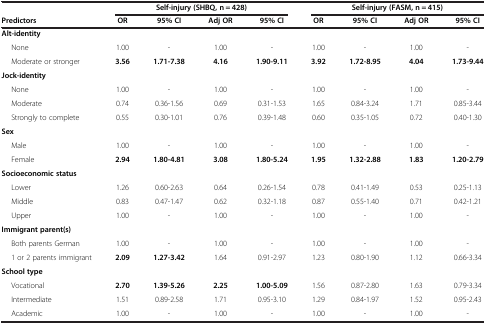
<table><thead><tr><td><b> </b></td><td colspan="4"><b>Self-injury (SHBQ, n = 428)</b></td><td colspan="4"><b>Self-injury (FASM, n = 415)</b></td></tr><tr><td><b>Predictors</b></td><td><b>OR</b></td><td><b>95% CI</b></td><td><b>Adj OR</b></td><td><b>95% CI</b></td><td><b>OR</b></td><td><b>95% CI</b></td><td><b>Adj OR</b></td><td><b>95% CI</b></td></tr></thead><tbody><tr><td><b>Alt-identity</b></td><td> </td><td> </td><td> </td><td> </td><td> </td><td> </td><td> </td><td> </td></tr><tr><td>None</td><td>1.00</td><td>-</td><td>1.00</td><td>-</td><td>1.00</td><td>-</td><td>1.00</td><td>-</td></tr><tr><td>Moderate or stronger</td><td><b>3.56</b></td><td><b>1.71-7.38</b></td><td><b>4.16</b></td><td><b>1.90-9.11</b></td><td><b>3.92</b></td><td><b>1.72-8.95</b></td><td><b>4.04</b></td><td><b>1.73-9.44</b></td></tr><tr><td><b>Jock-identity</b></td><td> </td><td> </td><td> </td><td> </td><td> </td><td> </td><td> </td><td> </td></tr><tr><td>None</td><td>1.00</td><td>-</td><td>1.00</td><td>-</td><td>1.00</td><td>-</td><td>1.00</td><td>-</td></tr><tr><td>Moderate</td><td>0.74</td><td>0.36-1.56</td><td>0.69</td><td>0.31-1.53</td><td>1.65</td><td>0.84-3.24</td><td>1.71</td><td>0.85-3.44</td></tr><tr><td>Strongly to complete</td><td>0.55</td><td>0.30-1.01</td><td>0.76</td><td>0.39-1.48</td><td>0.60</td><td>0.35-1.05</td><td>0.72</td><td>0.40-1.30</td></tr><tr><td><b>Sex</b></td><td> </td><td> </td><td> </td><td> </td><td> </td><td> </td><td> </td><td> </td></tr><tr><td>Male</td><td>1.00</td><td>-</td><td>1.00</td><td>-</td><td>1.00</td><td>-</td><td>1.00</td><td>-</td></tr><tr><td>Female</td><td><b>2.94</b></td><td><b>1.80-4.81</b></td><td><b>3.08</b></td><td><b>1.80-5.24</b></td><td><b>1.95</b></td><td><b>1.32-2.88</b></td><td><b>1.83</b></td><td><b>1.20-2.79</b></td></tr><tr><td><b>Socioeconomic status</b></td><td> </td><td> </td><td> </td><td> </td><td> </td><td> </td><td> </td><td> </td></tr><tr><td>Lower</td><td>1.26</td><td>0.60-2.63</td><td>0.64</td><td>0.26-1.54</td><td>0.78</td><td>0.41-1.49</td><td>0.53</td><td>0.25-1.13</td></tr><tr><td>Middle</td><td>0.83</td><td>0.47-1.47</td><td>0.62</td><td>0.32-1.18</td><td>0.87</td><td>0.55-1.40</td><td>0.71</td><td>0.42-1.21</td></tr><tr><td>Upper</td><td>1.00</td><td>-</td><td>1.00</td><td>-</td><td>1.00</td><td>-</td><td>1.00</td><td>-</td></tr><tr><td><b>Immigrant parent(s)</b></td><td> </td><td> </td><td> </td><td> </td><td> </td><td> </td><td> </td><td> </td></tr><tr><td>Both parents German</td><td>1.00</td><td>-</td><td>1.00</td><td>-</td><td>1.00</td><td>-</td><td>1.00</td><td>-</td></tr><tr><td>1 or 2 parents immigrant</td><td><b>2.09</b></td><td><b>1.27-3.42</b></td><td>1.64</td><td>0.91-2.97</td><td>1.23</td><td>0.80-1.90</td><td>1.12</td><td>0.66-3.34</td></tr><tr><td><b>School type</b></td><td> </td><td> </td><td> </td><td> </td><td> </td><td> </td><td> </td><td> </td></tr><tr><td>Vocational</td><td><b>2.70</b></td><td><b>1.39-5.26</b></td><td><b>2.25</b></td><td><b>1.00-5.09</b></td><td>1.56</td><td>0.87-2.80</td><td>1.63</td><td>0.79-3.34</td></tr><tr><td>Intermediate</td><td>1.51</td><td>0.89-2.58</td><td>1.71</td><td>0.95-3.10</td><td>1.29</td><td>0.84-1.97</td><td>1.52</td><td>0.95-2.43</td></tr><tr><td>Academic</td><td>1.00</td><td>-</td><td>1.00</td><td>-</td><td>1.00</td><td>-</td><td>1.00</td><td>-</td></tr></tbody></table>